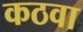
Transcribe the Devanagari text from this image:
कठवा